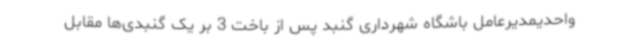
واحدیمدیرعامل باشگاه شهرداری گنبد پس از باخت 3 بر یک گنبدی‌ها مقابل